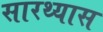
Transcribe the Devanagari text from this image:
सारथ्यास